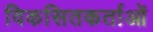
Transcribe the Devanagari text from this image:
विकसितकर्ताओं